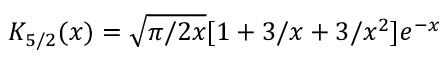
K _ { 5 / 2 } ( x ) = \sqrt { \pi / 2 x } [ 1 + 3 / x + 3 / x ^ { 2 } ] e ^ { - x }